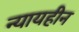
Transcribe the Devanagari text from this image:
न्यायहीन